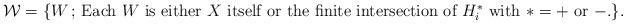
LaTeX: \begin{align*}\mathcal{W}=\{W\,;\,\mbox{Each $W$ is either $X$ itself or the finite intersection of $H^*_i$ with $*=+$ or $-$.}\}.\end{align*}